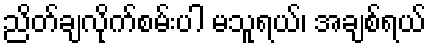
ညိတ်ချလိုက်စမ်းပါ မသူရယ်၊ အချစ်ရယ်